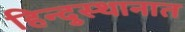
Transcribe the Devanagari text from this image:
हिन्दुस्थानात